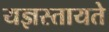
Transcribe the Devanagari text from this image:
यज्ञस्तायते